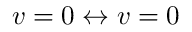
v = 0 \leftrightarrow v = 0